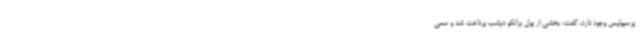
پرسپولیس وجود دارد، گفت: بخشی از پول برانکو دیشب پرداخت شد و سعی